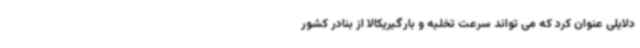
دلایلی عنوان کرد که می تواند سرعت تخلیه و بارگیریکالا از بنادر کشور